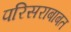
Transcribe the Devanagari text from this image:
परिसराबाबत